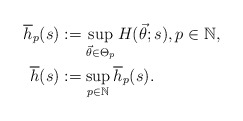
\begin{align*}\overline{h}_{p}(s) & :=\sup_{\vec{\theta}\in\Theta_{p}} H(\vec{\theta};s),p\in\mathbb{N},\\\overline{h}(s) & :=\sup_{p\in\mathbb{N}} \overline{h}_{p}(s).\end{align*}